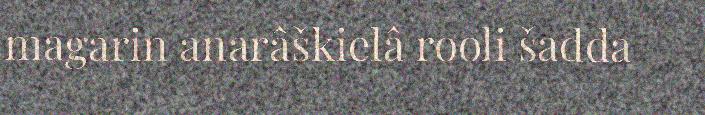
magarin anarâškielâ rooli šadda